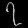
Digit: ၇